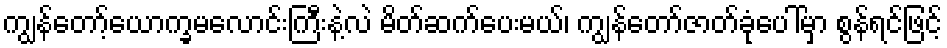
ကျွန်တော့်ယောက္ခမလောင်းကြီးနဲ့လဲ မိတ်ဆက်ပေးမယ်၊ ကျွန်တော်ဇာတ်ခုံပေါ်မှာ စွန်ရင်ဖြင့်